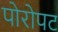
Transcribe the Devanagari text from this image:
पोरोपट